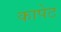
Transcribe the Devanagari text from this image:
कापेट